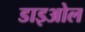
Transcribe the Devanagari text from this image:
डाइओल